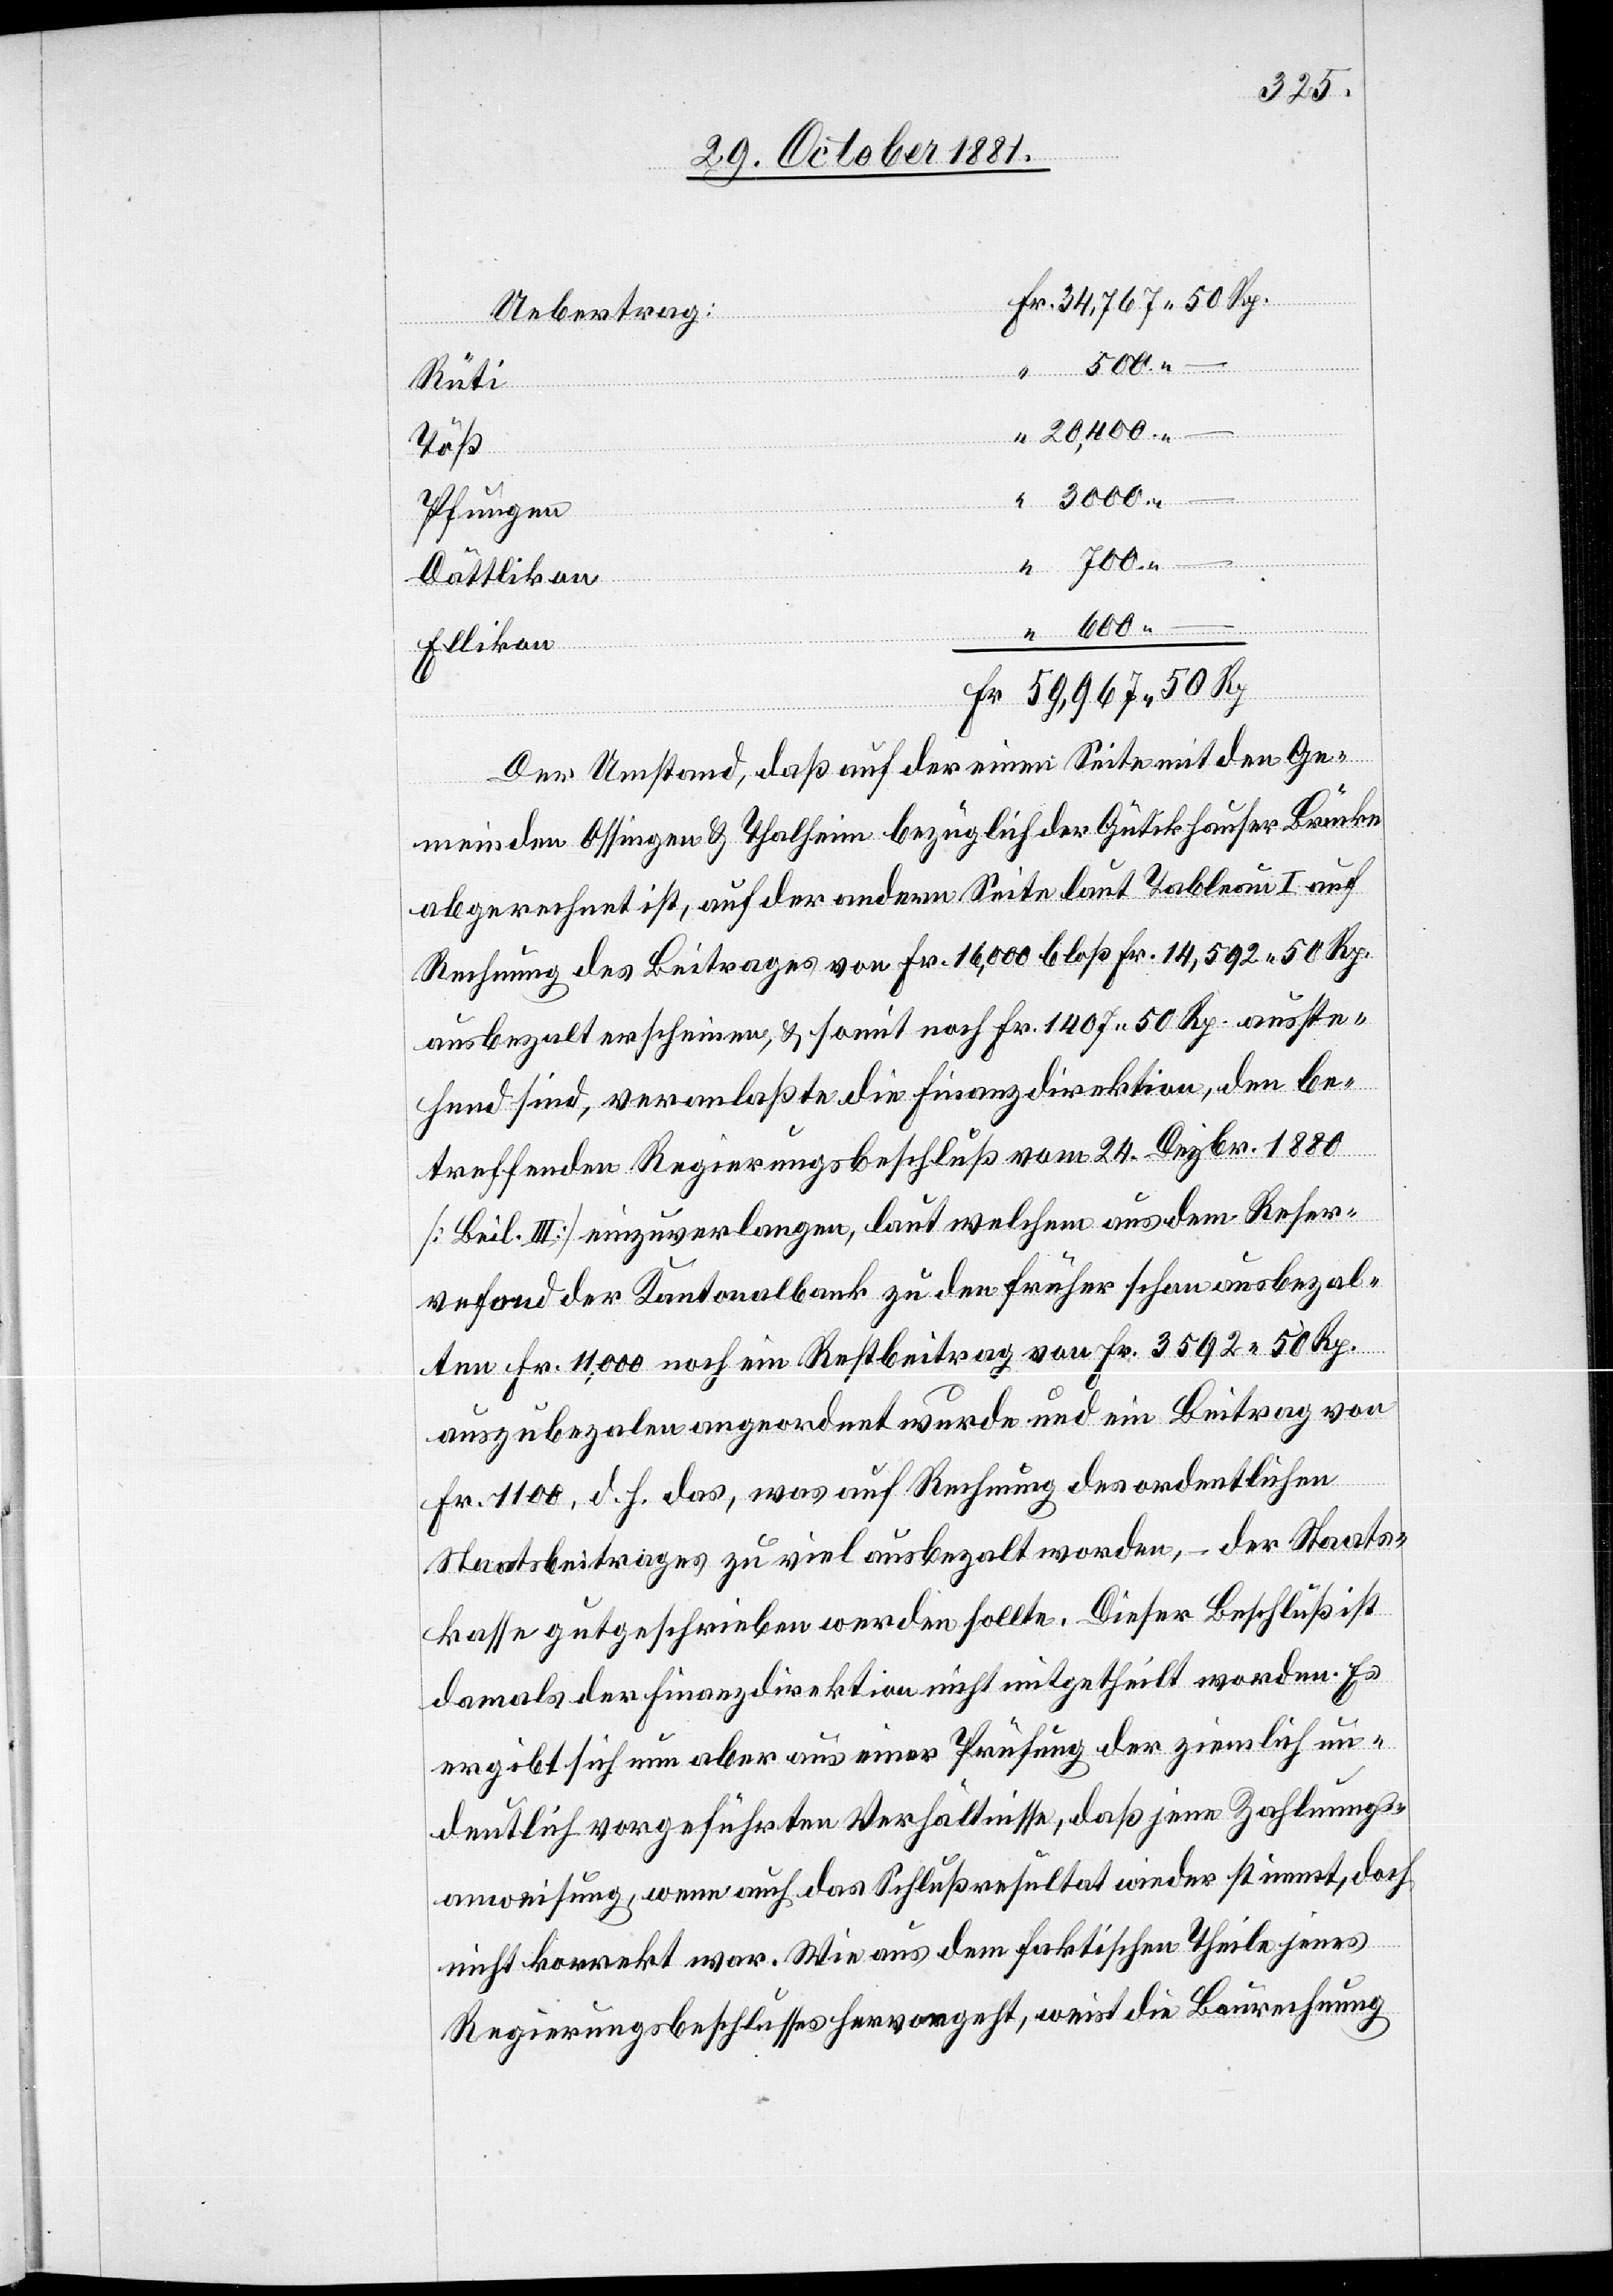
“ 20,400. –
3000. –
700. –
Dättlikon
“ 600 –
Fr. 59,967 50 Rp
Der Umstand, daß auf der einen Seite mit den Ge¬
meinden Ossingen & Thalheim bezüglich der Gütikhauser Brücke
abgerechnet ist, auf der andern Seite laut Tableau I auf
Rechnung des Beitrages von Fr. 16,000 bloß Fr. 14,592 50 Rp.
ausbezalt erscheinen, & somit noch Fr. 1407 50 Rp. ausste¬
hend sind, veranlaßte die Finanzdirektion, den be¬
treffenden Regierungsbeschluß vom 24. Dezbr. 1880
[Beil. III] einzuverlangen, laut welchem aus dem Reser¬
vefond der Kantonalbank zu den früher schon ausbezahl¬
ten Fr. 11,000 noch ein Restbeitrag von Fr. 3592 50 Rp.
auszubezalen angeordnet wurde und ein Beitrag von
Fr. 1100, d. h. das, was auf Rechnung des ordentlichen
Staatsbeitrages zu viel ausbezalt worden, – der Staats¬
kasse gutgeschrieben werden sollte. Dieser Beschluß ist
damals der Finanzdirektion nicht mitgetheilt worden. Es
ergibt sich nun aber aus einer Prüfung der ziemlich un¬
deutlich vorgeführten Verhältnisse, daß jene Zahlungs¬
anweisung, wenn auch das Schlußresultat wieder stimmt, doch
nicht korrekt war. Wie aus dem faktischen Theile jenes
Regierungsbeschlusses hervorgeht, weist die Baurechnung